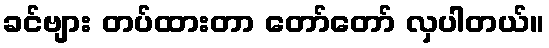
ခင်ဗျား တပ်ထားတာ တော်တော် လှပါတယ်။